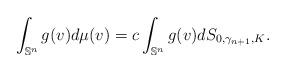
LaTeX: \begin{align*}\int_{\mathbb{S}^n}g(v)d\mu(v)=c\int_{\mathbb{S}^n}g(v)dS_{0,\gamma_{n+1},K}.\end{align*}